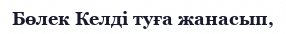
Бөлек Келді туға жанасып,